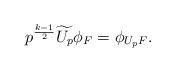
LaTeX: \begin{align*}p^{\frac{k-1}{2}}\widetilde{U_p}\phi_F=\phi_{U_pF}.\end{align*}